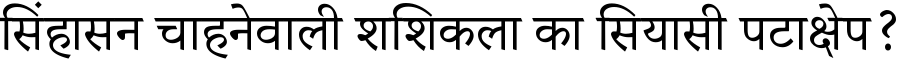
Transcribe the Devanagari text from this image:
सिंहासन चाहनेवाली शशिकला का सियासी पटाक्षेप?